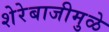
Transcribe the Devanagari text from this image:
शेरेबाजीमुळे